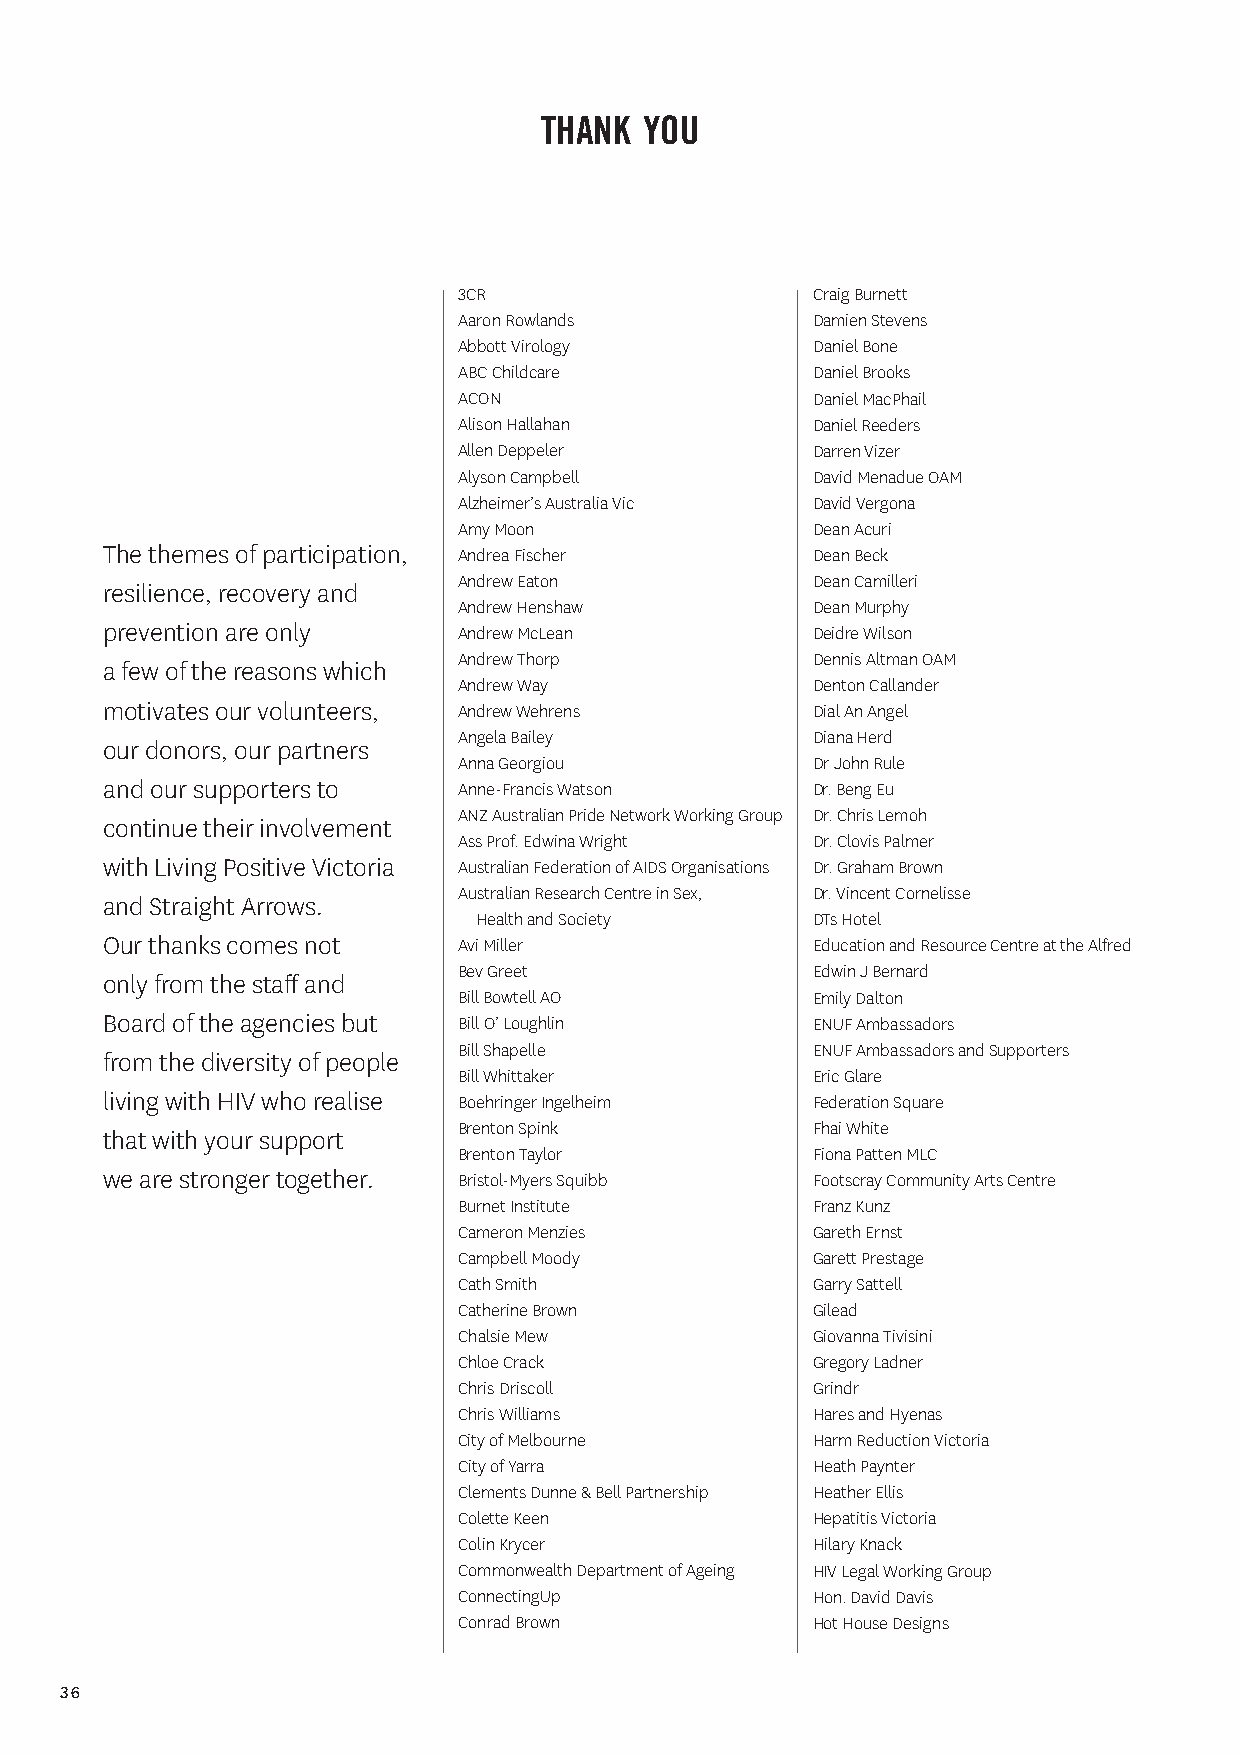
thank  you
 3CR                     Craig Burnett
 Aaron Rowlands          Damien Stevens
 Abbott Virology         Daniel Bone
 ABC Childcare           Daniel Brooks
 ACON                    Daniel MacPhail
 Alison Hallahan         Daniel Reeders
 Allen Deppeler          Darren Vizer
 Alyson Campbell         David Menadue OAM
 Alzheimer’s Australia Vic David Vergona
 Amy Moon                Dean Acuri
 The themes of participation, Andrea Fischer    Dean Beck
 Andrew Eaton            Dean Camilleri
 resilience, recovery and
 Andrew Henshaw          Dean Murphy
 prevention are only    Andrew McLean           Deidre Wilson
 Andrew Thorp            Dennis Altman OAM
 a few of the reasons which
 Andrew Way              Denton Callander
 motivates our volunteers, Andrew Wehrens       Dial An Angel
 Angela Bailey           Diana Herd
 our donors, our partners
 Anna Georgiou           Dr John Rule
 and our supporters to  Anne-Francis Watson     Dr. Beng Eu
 ANZ Australian Pride Network Working Group Dr. Chris Lemoh
 continue their involvement
 Ass Prof. Edwina Wright Dr. Clovis Palmer
 with Living Positive Victoria Australian Federation of AIDS Organisations Dr. Graham Brown
 Australian Research Centre in Sex, Dr. Vincent Cornelisse
 and Straight Arrows.
 Health and Society     DTs Hotel
 Our thanks comes not   Avi Miller              Education and Resource Centre at the Alfred
 Bev Greet               Edwin J Bernard
 only from the staff and
 Bill Bowtell AO         Emily Dalton
 Board of the agencies but Bill O’ Loughlin     ENUF Ambassadors
 Bill Shapelle           ENUF Ambassadors and Supporters
 from the diversity of people
 Bill Whittaker          Eric Glare
 living with HIV who realise Boehringer Ingelheim Federation Square
 Brenton Spink           Fhai White
 that with your support
 Brenton Taylor          Fiona Patten MLC
 we are stronger together. Bristol-Myers Squibb Footscray Community Arts Centre
 Burnet Institute        Franz Kunz
 Cameron Menzies         Gareth Ernst
 Campbell Moody          Garett Prestage
 Cath Smith              Garry Sattell
 Catherine Brown         Gilead
 Chalsie Mew             Giovanna Tivisini
 Chloe Crack             Gregory Ladner
 Chris Driscoll          Grindr
 Chris Williams          Hares and Hyenas
 City of Melbourne       Harm Reduction Victoria
 City of Yarra           Heath Paynter
 Clements Dunne & Bell Partnership Heather Ellis
 Colette Keen            Hepatitis Victoria
 Colin Krycer            Hilary Knack
 Commonwealth Department of Ageing HIV Legal Working Group
 ConnectingUp            Hon. David Davis
 Conrad Brown            Hot House Designs
 36